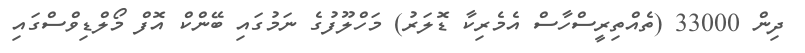
ދިން 33000 (ތެއްތިރީސްހާސް އެމެރިކާ ޑޮލަރު) މަހްލޫފުގެ ނަމުގައި ބޭންކް އޮފް މޯލްޑިވްސްގައި